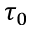
\tau _ { 0 }